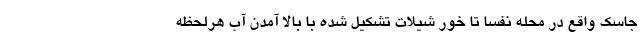
جاسک واقع در محله نفسا تا خور شیلات تشکیل شده با بالا آمدن آب هرلحظه